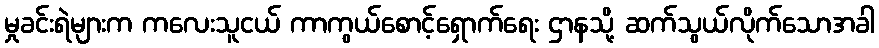
မှုခင်းရဲများက ကလေးသူငယ် ကာကွယ်စောင့်ရှောက်ရေး ဌာနသို့ ဆက်သွယ်လိုက်သောအခါ